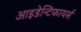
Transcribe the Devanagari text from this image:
आइडेन्टिफायर्स